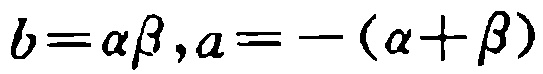
\(b = \alpha\beta,a = -(\alpha + \beta)\)